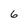
Character: 6